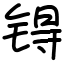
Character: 锝